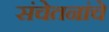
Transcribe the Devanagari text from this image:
संचेतनांचे